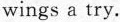
wings a try.